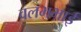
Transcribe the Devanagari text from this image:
वलभभाई